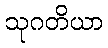
သုဂတိယာ